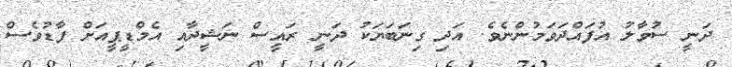
ދަނީ ސުވާލު އުފައްދަވަމުންނެވެ. އަދި ގިނަބަޔަކު ދަނީ ރައީސް ނަޝީދާއި އެމްޑީޕީއަށް ފާޑުވެސް